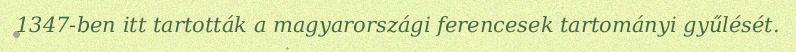
1347-ben itt tartották a magyarországi ferencesek tartományi gyűlését.